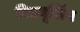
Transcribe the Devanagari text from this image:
रिडयूसिंग